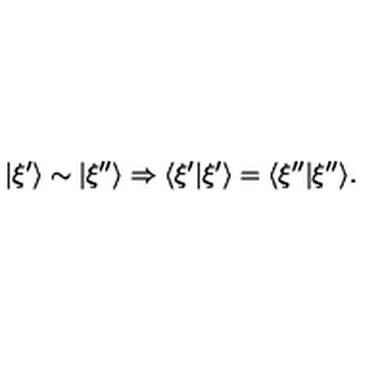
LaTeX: | \xi ^ { \prime } \rangle \sim | \xi ^ { \prime \prime } \rangle \Rightarrow \langle \xi ^ { \prime } | \xi ^ { \prime } \rangle = \langle \xi ^ { \prime \prime } | \xi ^ { \prime \prime } \rangle .